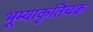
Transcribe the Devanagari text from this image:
भूम्याकृतिचक्र